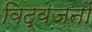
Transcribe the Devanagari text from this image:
विद्वजनों